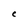
Character: C